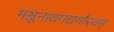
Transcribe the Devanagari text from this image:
मञ्जुनाथगद्यगौरवम्